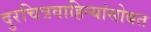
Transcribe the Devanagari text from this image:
दुरचित्रवाहिन्यांसोबत